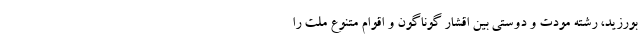
بورزید، رشته مودت و دوستی بین اقشار گوناگون و اقوام متنوع ملت را